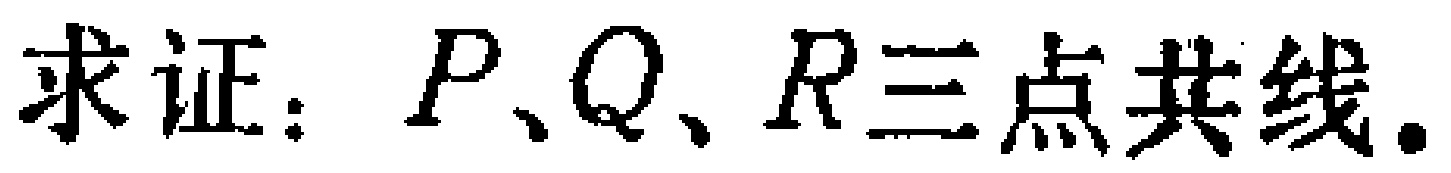
求证：\(P、Q、R三点共线.\)